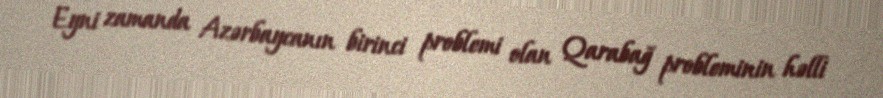
Eyni zamanda Azərbaycanın birinci problemi olan Qarabağ probleminin həlli